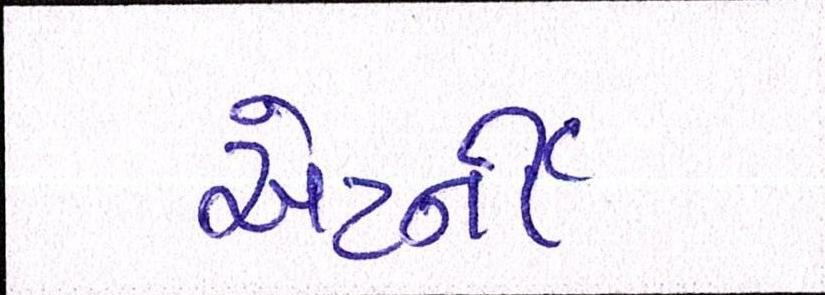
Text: એટર્ની